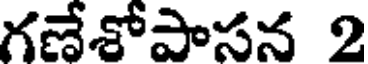
గణేశోపాసన 2